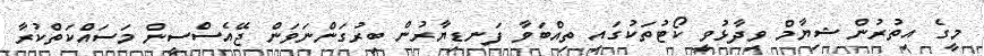
މީގެ އިތުރުން ޝިޔާމް ވިދާޅުވީ ކޯޓުތަކުގައި ތިއްބަވާ ފަނޑިޔާރުން ބިރުގަންނަވަން ޖޭއެސްސީން މަސައްކަތްކުރާ